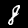
Label: 8